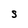
Character: s